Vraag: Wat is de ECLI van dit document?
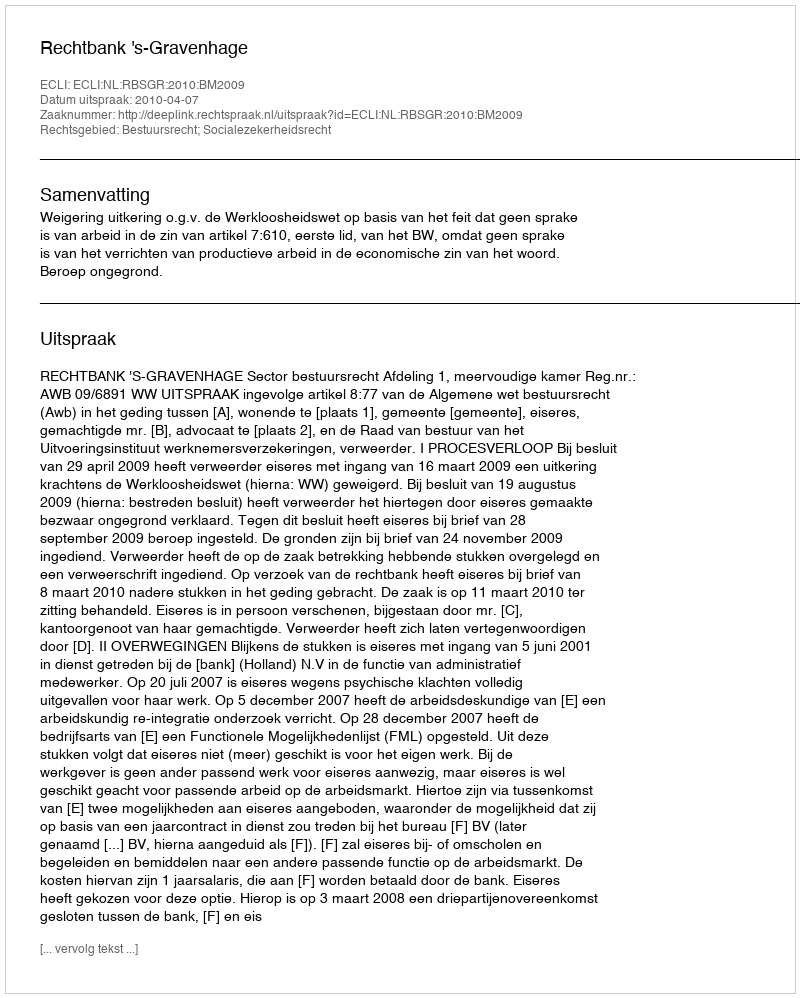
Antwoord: ECLI:NL:RBSGR:2010:BM2009